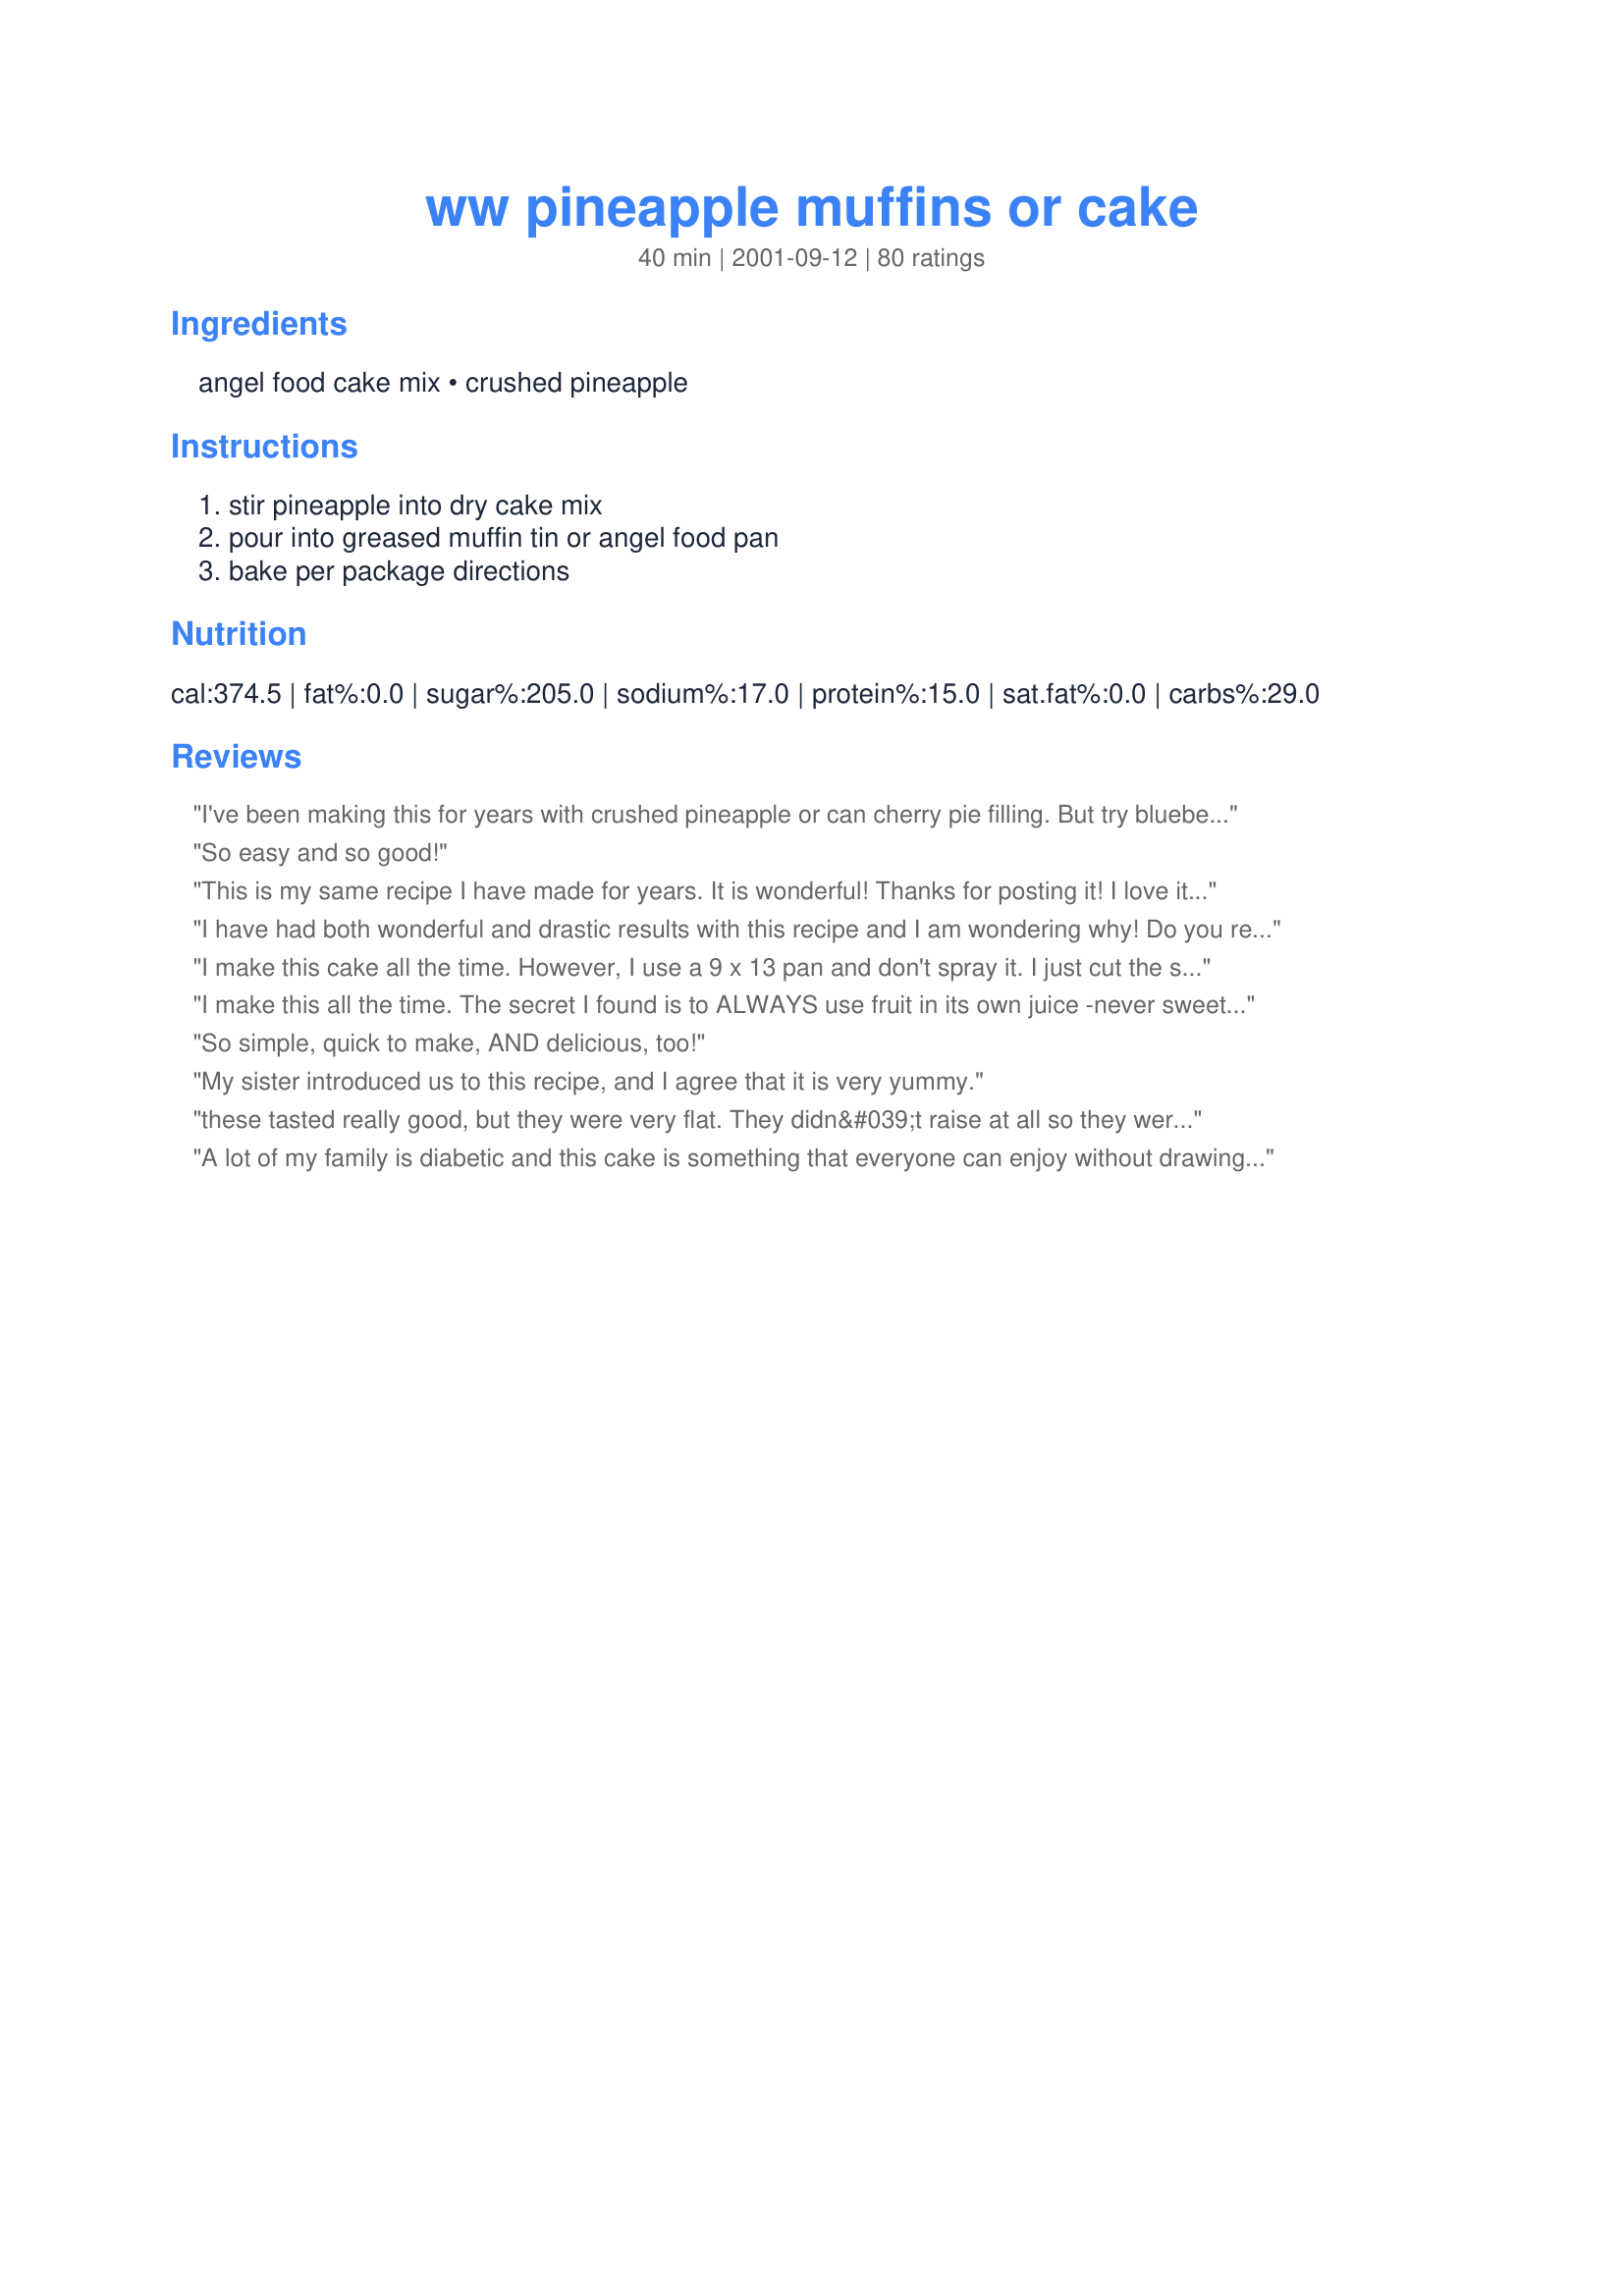
ww pineapple muffins or cake
Preparation time: 40 minutes

Ingredients:
angel food cake mix, crushed pineapple

Steps:
stir pineapple into dry cake mix, pour into greased muffin tin or angel food pan, bake per package directions

Reviews:
I've been making this for years with crushed pineapple or can cherry pie filling. But try blueberry or blackberry pie filling too, they're great. Make sure you use a one step angel food though. Blackberry seems extra moist and needs a bit more baking time. We have an on going debate as to which version is the best! Fantastic cake and as simple as you get!
So easy and so good!
This is my same recipe I have made for years. It is wonderful! Thanks for posting it! 

I love it sprinkled with powdered sugar- that way the pretty pineapple pieces show through. 


I have had both wonderful and drastic results with this recipe and I am wondering why! Do you recommend greasing the angel food cake pan? and do you recommend turning any kind of pan upside down when baking is finished as you would a regular angel food cake? I have had the dessert fall out of the pan in big chunks on my counter when I inverted, as another reviewer described. HELP! I love the dessert!
I make this cake all the time. However, I use a 9 x 13 pan and don't spray it. I just cut the servings right from the pan using a serated knife. I also get at least 12 pieces, not six. Served with fruit and cool whip and it's just the right size dessert and very refreshing and yummy!
I make this all the time. The secret I found is to ALWAYS use fruit in its own juice -never sweetened fruit.

I've tried with other can fruits and found coarsely chopping the fruit works better than using in orginal state.
So simple, quick to make, AND delicious, too!
My sister introduced us to this recipe, and I agree that it is very yummy.
these tasted really good, but they were very flat. They didn&#039;t raise at all so they were a bit unappetizing to look at. However, that didn&#039;t stop us from eating them. Thanks for sharing this easy recipe with us.
A lot of my family is diabetic and this cake is something that everyone can enjoy without drawing attention to the diabetics......thanks for posting
Easy, great tasting and economical. Terrific! We made the cupcakes and loved them. Can't wait to try it with other canned fruit. Thanks so much for posting!
I made this cake last night and it was fast, easy and delicious - a keeper according to my hubby. The directions left questions - I used pineapple in it's own juice, not in sweetened syrup, which may alleviate some of the other comlaints that this cake is too sweet. I used the 1 step angel food cake mix and did not over mix. I did not grease the angel food cake pan and the cake rose nicely. I baked for about 40 minutes and then turned the cake upside down on a bottle to cool. I'll definitely make this again.
I had an almost full can of crushed pineapple to use up and found this recipe. This is a tasty variation for Angel Food Cake. Thankyou.
I can't believe how tasty such a simple recipe can be! I made cupcakes and baked them for about 26-28 minutes (there was no baking time listed for cupcakes on the back of the box). I brought these to a scrapbooking party today and they went over very well... I also love how they are guilt-free as they barely have any fat at all. Thanks SO MUCH for sharing! I will make these again and again
I cannot believe this works, but it does! I beat the batter as described on the box mix, and was pleased with the results. I only have a stoneware bundt pan; I decided to grease it and the cake turned out fine. I propped the pan up on its side when I removed from the oven (in lieu of turning it upside down) and rotated it every 5 minutes or so.This loosened the sides and I had no problem getting the cake out of the pan.
These were great. I didn't have crushed pineapple, so I had to blend my can of cubed and mix it with the angel food cake, and it seemed really watery, but it baked okay. Also, I made 12 smaller muffins and one mini-loaf of bread out of it. I thought these were better than the pumpkin and angel food cake muffins.
I made this cake yesterday and it turned out great. Very delicious! I went for broke and made it as easy as I possibly could and hoped it would turn out at least pretty good. I was very surprised. I stirred the ingredients together and baked it in an unprepared 9 X 13 baking pan. The cake was light in texture and very flavorful. Last night I used a serrated knife to cut it as one reviewer had suggested. However, after sitting overnight it came out of the pan much easier and tasted even better. It is light in texture and and moist.
so easy, this cake is very moist and tastey. i served it with mizznezz's pineapple foster and vanilla ice cream.
This is so bad! I'll give it one star ... just barely. It is too sweet, too wet and too coarse textured.
Made mini bunt cakes with this recipe! Sprayed molds liberally with Pam and Put a few chopped nuts in each bundt mold before pouring in batter. They released fine from pan, and came out light and delicious! Great recipe!
Yummy and delicious is how I rate this cake. I also used 20 oz. can of crushed pineapple and topped the cake w/frozen strawberries & whipped cream. I served this to guests who raved about it - and it's so easy! Gave the recipe to my mom and she served it at a church function as a snack cake and it got great reviews! Thank you!
I just loved this. I can't find Angel Food Cake Mix in Australia so I substituted a White Wings white cake mixture. It turned out terrific for my bridge group.
I made 12 cupcakes in individual silicon cases. I used the regular oven for 6 370F 18 minutes and 6 on high, low rack also 18 minutes in my NuWave Oven. The NuWave batch looked nicer. The crushed pineapple in juice blended well and really evenly throughout the mixture. I'd love more recipes for the NuWave though.
I had a problem making this recipe and I made it 3 times. I followed all the instructions and when I inverted the angel food cake, the top fell out and a few min later the rest of the cake fell out. I used Duncan Hines Angel Food Cake Mix. I usually use Betty Crocker and maybe that was the problem. Please give me some advice because it tasted good although it collapsed all over my table. Thanks, Elaine
Don't know what happened to us here...Followed the directions precisely and we ended up with a very heavy, pudding-y item. The flavor was nice, but we were expecting something more like what is pictured on the recipe.
Wonderful! Easy and fast to make. I made the muffins. Next time I will use the angel food pan. I followed the recipe as directed. Thank you for sharing it.
I have been making this for years. I love it! DH won't touch it! He doesn 't know what he is missing! 

great flavor...and a nice alternative to plain angel food cake - just dissapointed because mine completely fell apart when i tried to get it out of the pan - but, i made it work (cut/tore it into chunks and made little parfait dishes topped with whipped cream) - maybe i just needed to cook it even longer...i'll be trying again
this is a great low fat,low cal dessert.but it is not to be taken out of pan as elaine has tried to do . should also be put in an ungreased pan, try again and see how it goes
This is very good and yes, easy to make too. Thanx for sharing.
I made this as well when I was in WW. Instead of a cake, I found that this recipe makes about 3 dozen cupcakes, which are great for potlucks. Using the little paper cups eliminates the sticking to the pan problem. Just follow the baking directions of the box for cupcakes.
The pineapple flavor wasn't as strong as I had hoped (I love the stuff!)...but this was still an excellent cake. And it certainly doesn't get any easier than starting with two ingredients! A great variation of the standard angel food cake, and was perfect on its own with no need for toppings.
Yummy Yummy Yummy ... even the ones not on a diet loves this!! Used no sugar needed cherry pie filling and added 1 tsp almond flavoring. Will make many more times in the future! Thanks for submitting!
Very good! I used lite cherry pie filling, and added a small box of sugar-free cherry flavored jello to the filling. I also sprinkled powdered sugar on top..so yummy! Thanks nnreq!
What an unusual recipe - only 2 ingredients. A really easy and good cake. I wonder if anyone ever tried other canned fruit besides pineapple. You won't believe this until you make it!
We have been making this for a year or so now, and Cindi is right--you would never think it was a diet dessert. We've made it in loaf pans, a bundt pan, and the 9x13--all turn out great.
Great flavor, but my cake totally fell apart. I ended up tearing it into little pieces and layering it with cool whip in an 8X8 dish. It tasted really good- I will make it again, but I would like for the "cake" to actually look like the picture!
LOVE this! :) My MIL brought this over and we have been hooked since :) Great with whipped topping on top=wonderful and light. Thanks Char! :)
Very good. Thank you!
.
Awesome and easy! The texture was light and fluffy -- unbelievable 2-ingredient recipe. Will definitely be making it again!
I know I will be making this cake all summer! It is so simple and so good, and only takes 30 minutes to bake (I baked at 350*F), so it doesn't heat up the house too much.
I made this for a Memorial Day BBQ, and served it with sliced strawberries (marinated with a little Grand Marnier) and lightly sweetened whipped cream. It was a hit and no one believed me when I told them how simple it is to make! Note: I used a 20 oz can of crushed pineapple, and it worked fine.
This cake turned out so moist and tasty! I used a 20 oz. can of crushed pineapple after reading another review. I love the texture and taste of the pineapple in the cake. 

I used waxed paper on the bottom of the pan and did not grease the pan at all. If you grease the sides of any pan angel food cake won't rise. Also make sure to bake it until dark golden brown and the top is dry and cracked.

Thank you for this recipe!
Super easy and a very nice moist finished product. I really like the simplicity of this. Its very good served with a little cool whip on top. Also its low fat which is a very nice bonus. I recommend this to all who enjoy pinapple.
A very nice , light , fluffy , and moist , cake . I LOVED it ! I am planning on making this one again real soon ! Fits right in to my diet plan !
Yummy Yummy Yummy!
I've made this recipe before & it is delicious & so easy, it is also good with just a little bit of cool whip lite or sugar free spread on top with just a drizzle of low sugar herseys syrup on top of the cool whip, yum, so refreshing during the hot summer months
I give it five stars
These were very easy (two ingredients!!!) and quick to make, but not exactly what I was hoping for. The crushed pineapple sunk to the bottom in all of the muffins. Also, no matter how much I mixed throughout filling the muffin cups, I still ended up with some muffins not having very much/any pineapple in them at all. It's a great idea, just not exactly what I expected. I may try again in the future and try putting the pineapple on top instead of mixing it in (so that hopefully, as it bakes and sinks, some pineapple will get suspended in the middle where I want it!). Thanks for the idea.
My cake was really wet which I didn't appreciate - but hubby ate the entire thing over the course of a few days. Hope to try again with better results, maybe I'll dump off some of the pineapple liquid to see if that helps...?
Made this in a 13x9-inch nonstick pan (no grease), and I didn't have a problem with sticking (I stood the pan on edge and allowed it to fully cool before removing it). It didn't matter if it had broken up anyhow, since I was making it as a component of a Mixed Berry-Mango Trifle. It tasted much better than the pineapple angel food cake that I buy at the grocery store (and I LOVE the store-bought one!)
This is a weight watchers recipe. I have seen it before an fixed it I thought it was good.
 My family would not touch it because it is not like traditional cake, the texture is 
completly different but tasty.
The best!!!
Maybe I do not like angel food cake. This cake does not appeal to me.
This is a tasty easy to make recipe and a great dessert for those of us watching our caleries. Thanks
This was gone in a flash. Super easy to make. I used 1 1/4 cup of peach puree. I mixed and baked according to directions on box. I'll try it with pineapple too. Make sure fruit is in juice not syrup...cake is sweet enough.
My angel food cake mix comes in 2 packages (1 for the egg whites and the other is the flour/sugar). I was uncertain how to put in the pineapple and put it in the egg white mixture. WRONG! It came out mushy and the cake was a disaster!. The flavor was good, though. This is probably for a one-envelope cake mix... not the 2 step process.
I made this cake in a 10" angel food pan and it turned out nice and fluffy with great texture and taste. I hope my photo does the cake justice. Thank you for a wonderful recipe and I will be making it again and again.
This was such a nice guilt free treat. I added some fat free cool whip on top of mine...:)
This is my favorite cake. I take it to all parties and gatherings. I have done several variations... adding cherries and powdered sugar to the top. Putting it in a bunt cake pan and decorating the hole in the middle.

I have also used cherry filling instead of the pineapple. That is yummy too.

This is probably the easiest cake to make that you will ever try in your life!!!
This is a fantastic easy to make cake. I used a glass pan so I reduced the oven temperature to 325 degrees fahrenheit. I used recipe #225023 to spray the pan. It is wonderful just as is or add recipe #164369 for the frosting. This recipe is also published in The Village of Freelton's 150th anniversary 1856-2006 cookbook that I just bought from my niece. Thanks for posting.
Wow! This was GREAT! It didn't taste fat-free at all and it was so simple. I didn't feel too guilty eating it. My mother-in-law (not dieting) didn't care for the taste though.
Made this beautiful angel cake just this morning. Rose a wonderful 4 1/2 inches tall in Teflon angel pan. Fluffy and easy to slice. Flavourful and delicious, it came out just like the picture posted also...followed the box instructions for beating...baked in 42 minutes at 350 degrees...I am going to make the same recipe using peaches ..everyone should try cake..
I made this last night and it was wonderful. I'm trying to be on a low-fat diet and wanted some kind of dessert and this did the trick.
I love this cake also, but I was told you have to use the 1 step angel food mix or it will not work. That may be the reason for the problem for some people.
I also was told to let the batter sit in the pan for about 15 minutes before putting in the oven. Hope this helps.
Pros: easy to make, inexpensive, low fat<br/><br/>Cons: stuck to the pan, the flavor combo didn't blow me away (but like I said it's lowfat so I get why it didn't)<br/><br/>Overall it was good but not great. I'm not sure if I would make it again. Maybe if I just happened to have the ingredients on hand and had a sweet craving. I don't think I would set out to make this again, though. Too many other recipes to try.... Thanks for positng & giving me the chance to try it =)
This is a tried and truely yummy recipe! My kids gobble it up, too!
I make this cake all the time and I never drain the juice from the pineapple. I bake my cake in a 9x13 ungreased pan and top it with cool whip free... a great low point dessert...marge
This was delicious! I made some homemade coconut whipped cream to dollop on top. I just whipped heavy whipping cream and some Coco Lopez. Awesome!
This was absolutely great and incredibly easy. Thank you so much for submitting it.
This makes a wonderful (diet) dessert. Don't be scared off by the diet word as all those other folks not on a diet loved it too.
This is fantastic and too easy!!!!!! I made in the evening and it was gone after breakfast the next morning. I would give more stars if I could. Love it.
Love these cakes!! 60lbs down on WW and these make it so much easier. If you find the cake too crumbly, A) add one or two egg whites to help bind it. B) Make cupcakes instead.
I made this for dessert tonight, and what a treat. i served it with 1 scoop of vanilla ice crem and pineapple with the juice over top, it was fantastic. I will definately be making this one again. It was not to heavy just the perfect dessert. Thanks for posting.
way toooo sweet could not eat it.
This is actually an old Weight Watchers recipe. It is wonderful--2 pts per lg. piece when made in 9x12 pan. It helps with the texture to beat it for 2 minutes--makes it lighter. Enjoy! (Be sure to figure extra points if you use the pie filling alternative!)
I've made this a few times. I made this for my husband's family and they all loved it--even the 2 year old couldn't get enough! This is probably the easiest and tastiest fruity cakes I've ever made! It's also very quick to make--a nice bonus when you need a quick dessert.
Thanks to My-3-Chefs June 2012 I picked this recipe to try.<br/><br/>I chose to make muffins and they came out good.<br/><br/>A great recipe to try and may on a busy night.
This is a nice, light cake. According to my box mix, I baked this in three smaller loaf pans. One totally fell apart, the other two were tricky to slice. I topped with Cool Whip. I will make it again. (I've lost over 20 pounds on WW already and this will help me stick with it!!)
Absolutely wonderful. Even the batter is delicious. This recipe is very simple to prepare, uses few ingredients, and is a nice dessert for those of us who are trying to eat healthy, but still have a treat.
So very quick and so very good!
I really wanted to like this cake and I even tried it twice; once followed the recipe and another time, sub mixed fruits for the pineapply. But, this cake is way too sweet for my taste, mainly due to the fact that it uses the sugar that is in the cake mix and adds to it the sugar in the can of fruits. Sorry, won't be making this.
